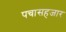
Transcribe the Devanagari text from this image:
पचासहजार